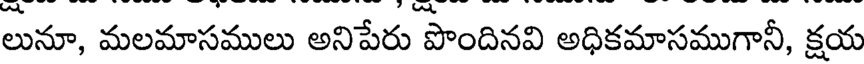
లునూ, మలమాసములు అనిపేరు పొందినవి అధికమాసముగానీ, క్షయ